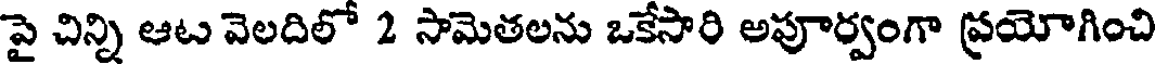
పై చిన్ని ఆట వెలదిలో 2 సామెతలను ఒకేసారి అపూర్వంగా ప్రయోగించి